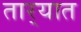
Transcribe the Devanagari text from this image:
तार्‍यात